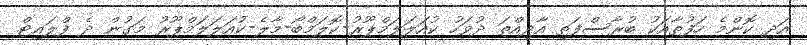
އަދި ކޮންމެ ހަފުތާއަކު ބުރާސްފަތި އާދިއްތަ ދުވަހު ކުއަލަލަމްޕޫރު-ކޮލަމްބޯ-މާލެ-ކުއަލަލަމްޕޫރު މަގުން ދެ ފްލައިޓް